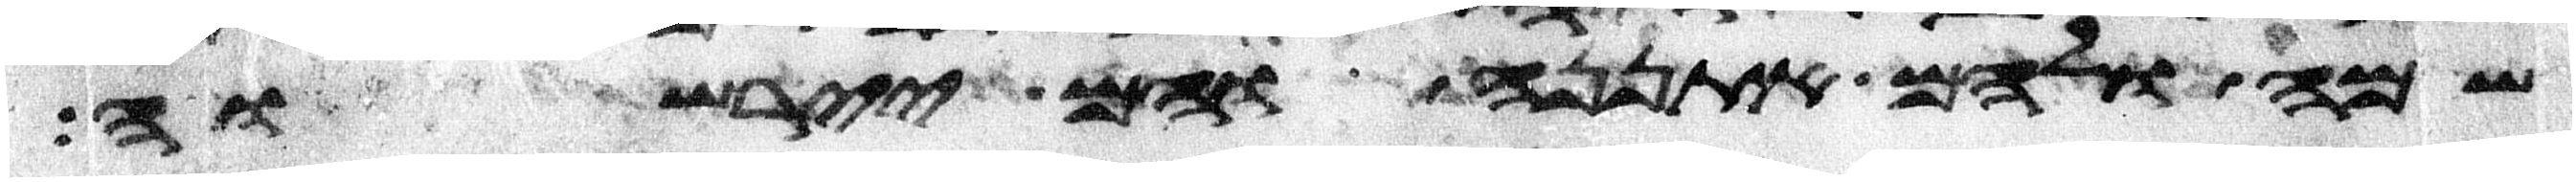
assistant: שם ולהם אתננה והם יירשוה